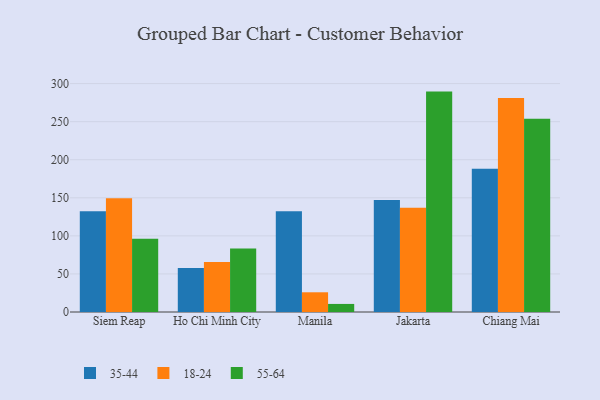
{"axis": {"x": "City", "y": "Energy Usage (MWh)"}, "legend": ["18-24", "35-44", "55-64"], "data": [{"x": "Siem Reap", "y": 132.3, "type": "35-44"}, {"x": "Siem Reap", "y": 149.4, "type": "18-24"}, {"x": "Siem Reap", "y": 96.2, "type": "55-64"}, {"x": "Ho Chi Minh City", "y": 57.8, "type": "35-44"}, {"x": "Ho Chi Minh City", "y": 65.6, "type": "18-24"}, {"x": "Ho Chi Minh City", "y": 83.4, "type": "55-64"}, {"x": "Manila", "y": 132.4, "type": "35-44"}, {"x": "Manila", "y": 25.9, "type": "18-24"}, {"x": "Manila", "y": 10.6, "type": "55-64"}, {"x": "Jakarta", "y": 147.2, "type": "35-44"}, {"x": "Jakarta", "y": 136.8, "type": "18-24"}, {"x": "Jakarta", "y": 289.5, "type": "55-64"}, {"x": "Chiang Mai", "y": 188.2, "type": "35-44"}, {"x": "Chiang Mai", "y": 281.0, "type": "18-24"}, {"x": "Chiang Mai", "y": 253.9, "type": "55-64"}]}